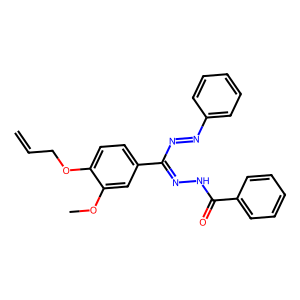
SMILES: C=CCOc1ccc(C(N=Nc2ccccc2)=NNC(=O)c2ccccc2)cc1OC
Inhibits HIV replication: No